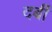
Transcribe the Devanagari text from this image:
दर्बी